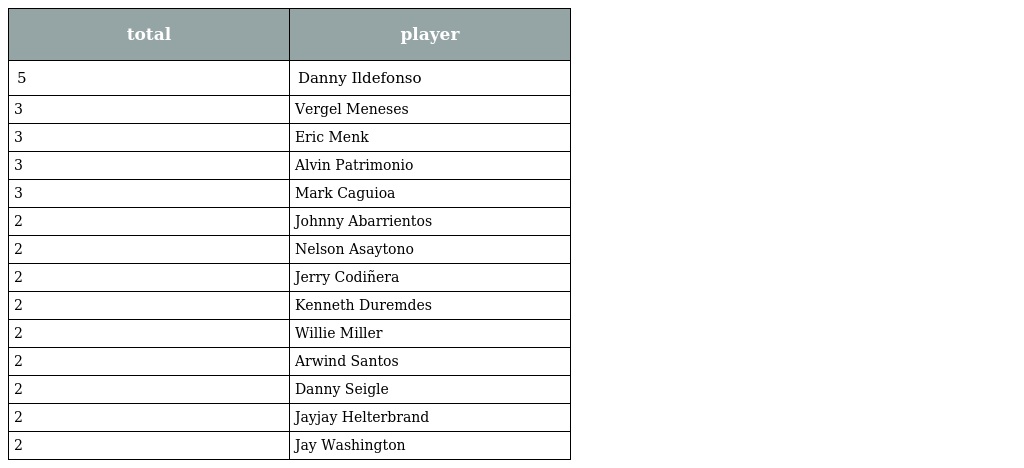
| total | player |
 | --- | --- |
 | 5 | Danny Ildefonso |
 | 3 | Vergel Meneses |
 | 3 | Eric Menk |
 | 3 | Alvin Patrimonio |
 | 3 | Mark Caguioa |
 | 2 | Johnny Abarrientos |
 | 2 | Nelson Asaytono |
 | 2 | Jerry Codiñera |
 | 2 | Kenneth Duremdes |
 | 2 | Willie Miller |
 | 2 | Arwind Santos |
 | 2 | Danny Seigle |
 | 2 | Jayjay Helterbrand |
 | 2 | Jay Washington |